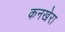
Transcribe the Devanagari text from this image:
कनखेरा